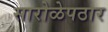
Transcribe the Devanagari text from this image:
सारोळेपठार